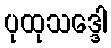
ပုထုသဒ္ဒေါ